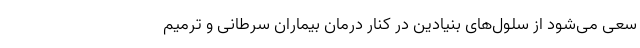
سعی می‌شود از سلول‌های بنیادین در کنار درمان بیماران سرطانی و ترمیم